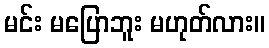
မင်း မပြောဘူး မဟုတ်လား။